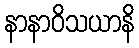
နာနာဝိသယာနိ